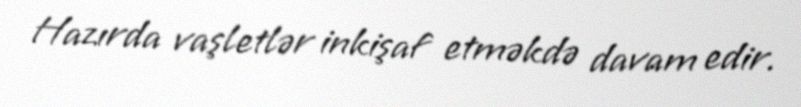
Hazırda vaşletlər inkişaf etməkdə davam edir.